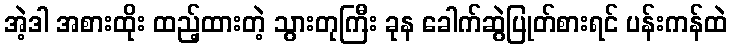
အဲ့ဒါ အစားထိုး ထည့်ထားတဲ့ သွားတုကြီး ခုန ခေါက်ဆွဲပြုတ်စားရင် ပန်းကန်ထဲ